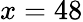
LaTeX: x=48